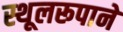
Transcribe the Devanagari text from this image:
स्थूलरूपाने